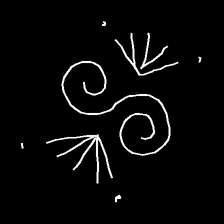
Glyph: aeroform